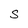
Character: S